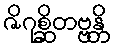
ဇိဂုစ္ဆိတဗ္ဗန္တိ